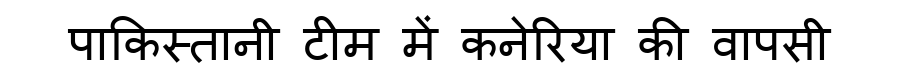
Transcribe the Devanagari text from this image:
पाकिस्तानी टीम में कनेरिया की वापसी